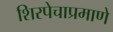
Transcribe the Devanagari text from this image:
शिरपेचाप्रमाणे